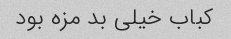
کباب خیلى بد مزه بود